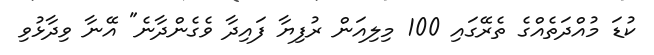
ކުޑަ މުއްދަތެއްގެ ތެރޭގައި 100 މިލިއަން ރުފިޔާ ފައިދާ ވެގެންދާނެ" އޭނާ ވިދާޅުވި